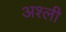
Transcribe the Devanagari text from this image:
अश्ली